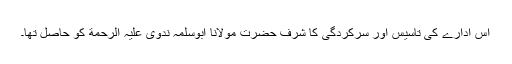
اس ادارے کی تاسیس اور سرکردگی کا شرف حضرت مولانا ابوسلمہ ندوی علیہ الرحمة کو حاصل تھا۔